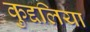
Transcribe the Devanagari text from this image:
कुद्दलिया